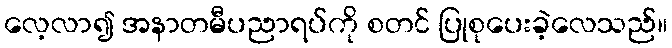
လေ့လာ၍ အနာတမီပညာရပ်ကို စတင် ပြုစုပေးခဲ့လေသည်။